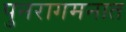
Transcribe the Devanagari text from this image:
पुनरागमनात